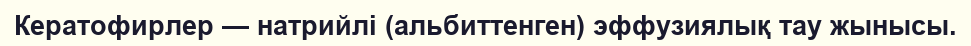
Кератофирлер — натрийлі (альбиттенген) эффузиялық тау жынысы.